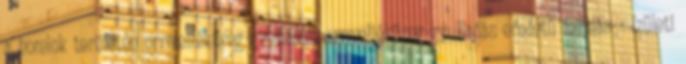
a homlok területén orrmelléküreg-gyulladás, orrmelléküreg-gyulladás eredetű fejfájás - ízületi